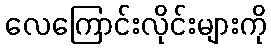
လေကြောင်းလိုင်းများကို